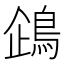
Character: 𬷏